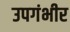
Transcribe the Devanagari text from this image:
उपगंभीर